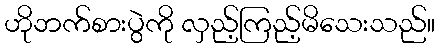
ဟိုဘက်စားပွဲကို လှည့်ကြည့်မိသေးသည်။